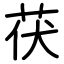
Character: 茯